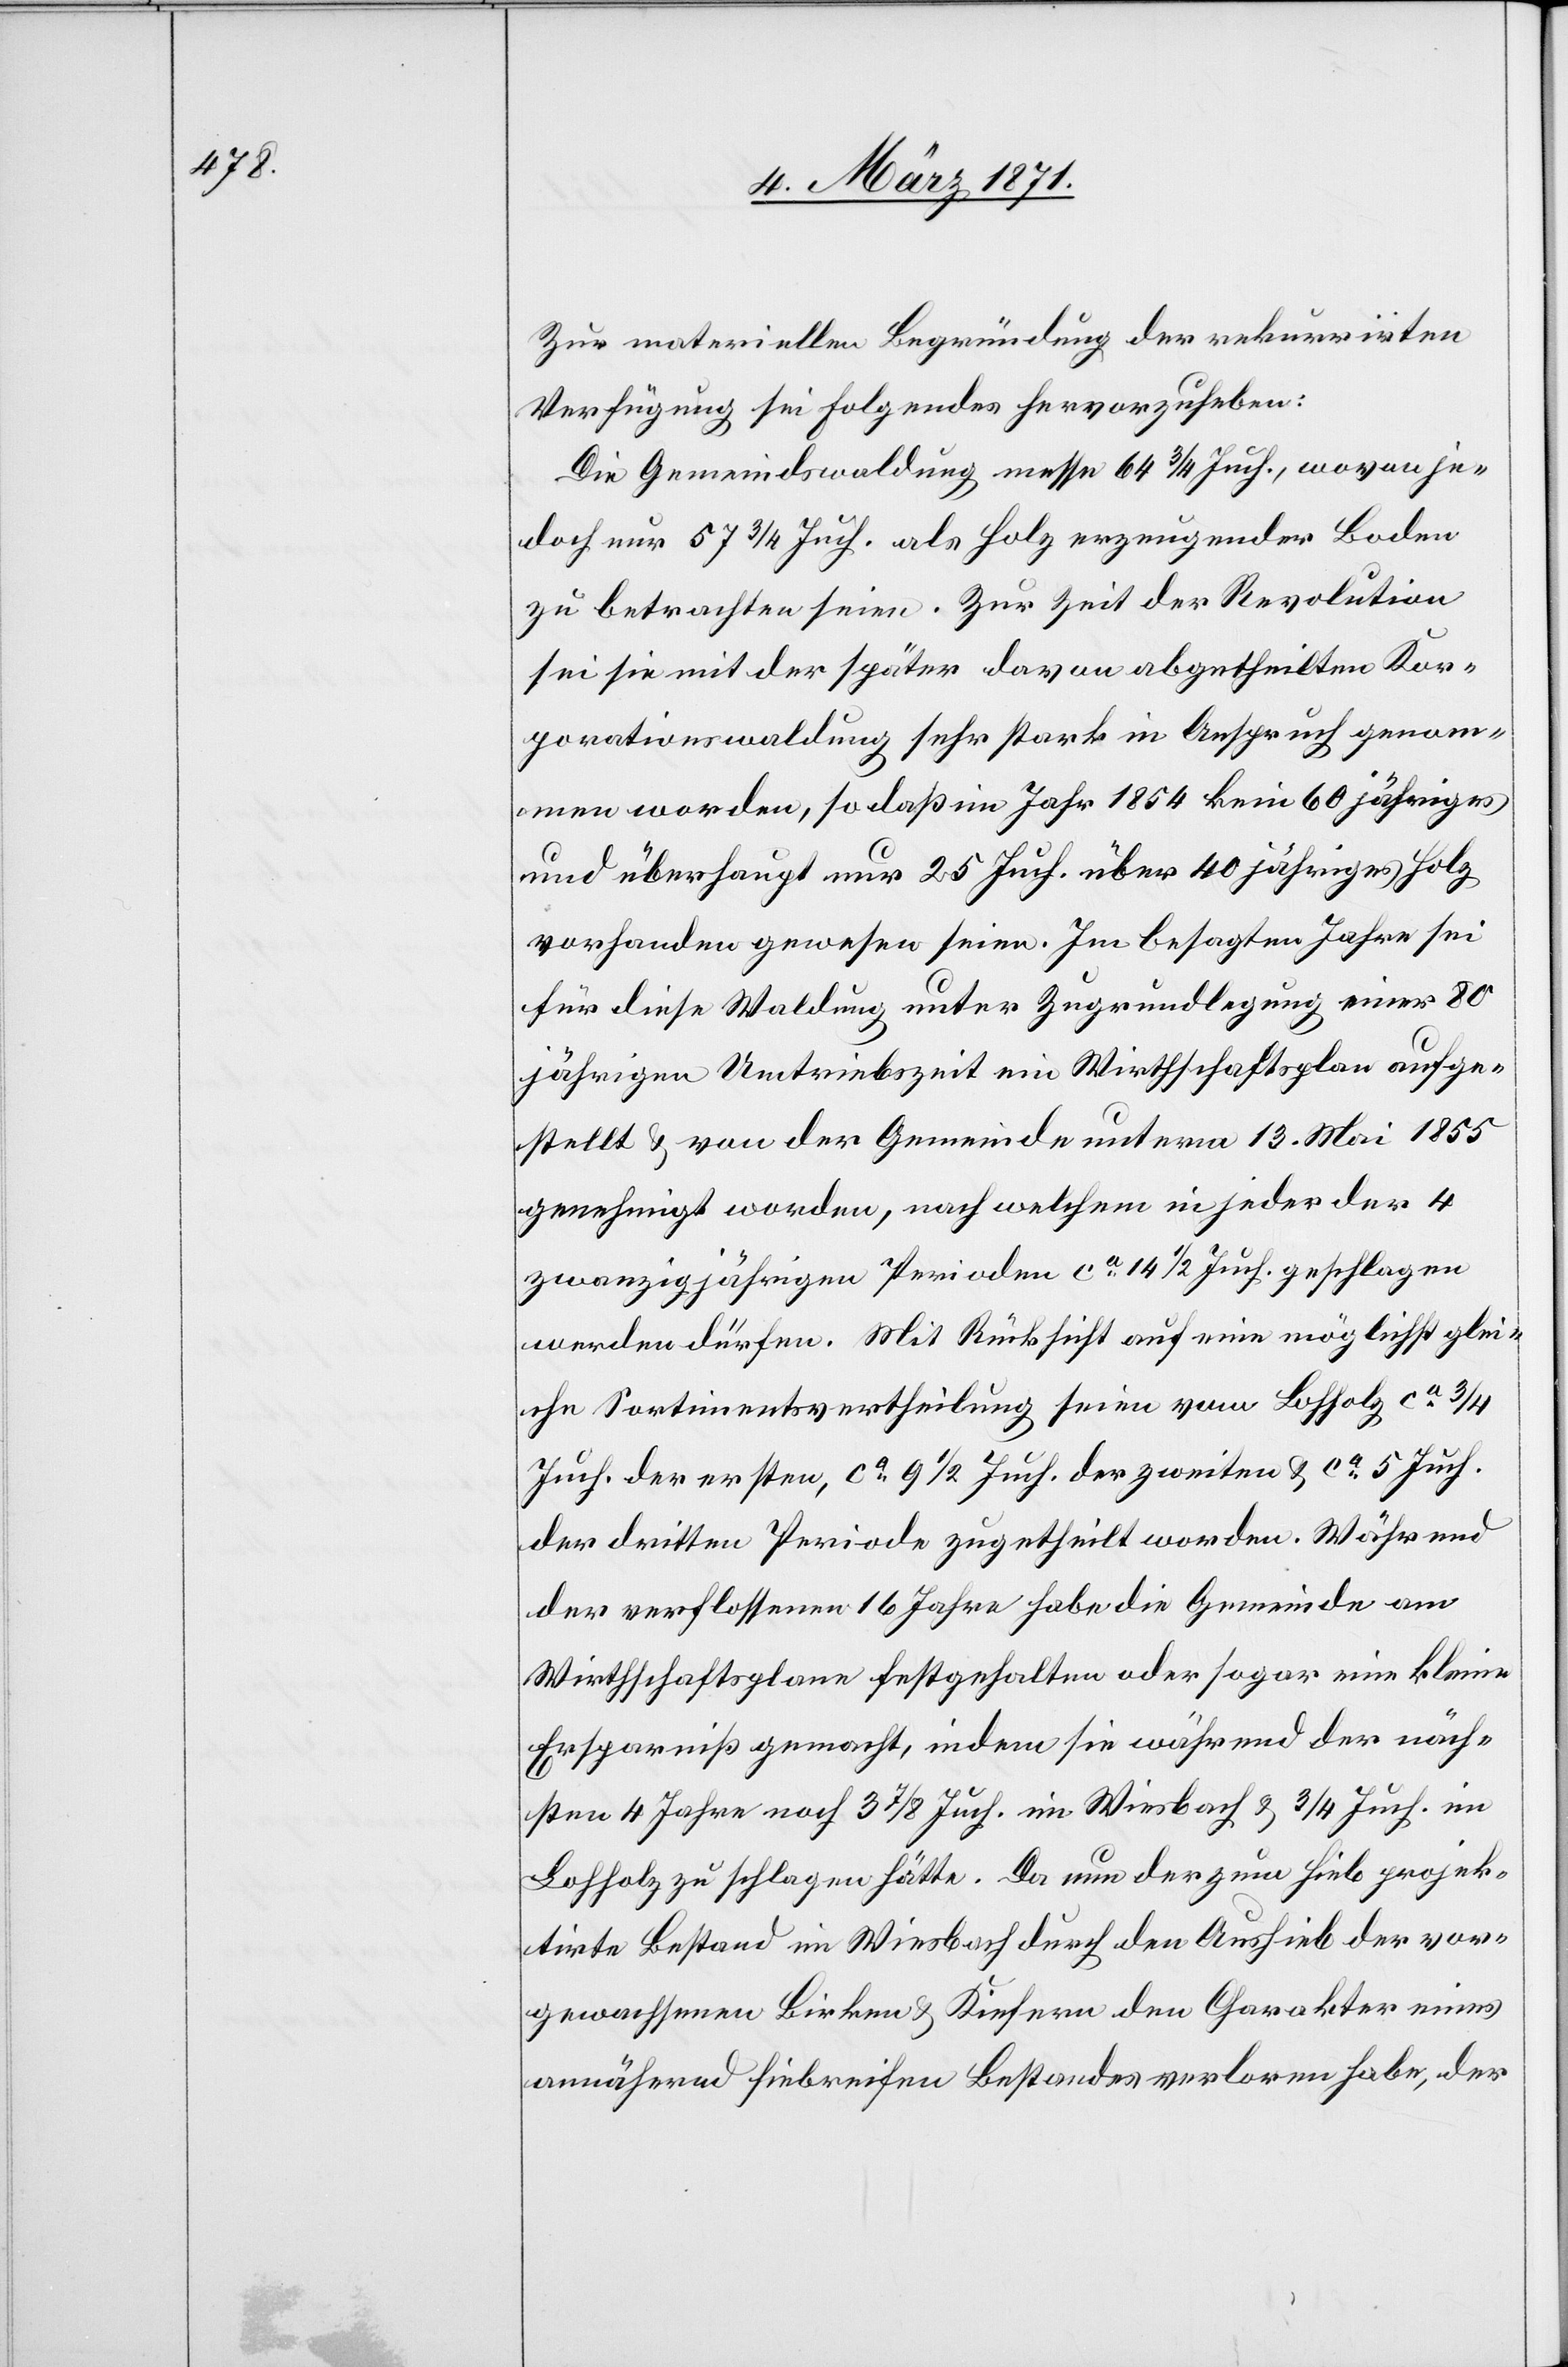
Zur materiellen Begründung der rekurrirten
Verfügung sei Folgendes hervorzuheben:
Die Gemeindswaldung messe 64 3/4 Juch., wovon je¬
doch nur 57 3/4 Juch. als Holz erzeugender Boden
zu betrachten seien. Zur Zeit der Revolution
sei sie mit der später davon abgetheilten Kor¬
porationswaldung sehr stark in Anspruch genom¬
men worden, so daß im Jahr 1854 kein 60 jähriges
und überhaupt nur 25 Juch. über 40 jähriges Holz
vorhanden gewesen seien. Im besagten Jahre sei
für diese Waldung unter Zugrundlegung einer 80
jährigen Umtriebszeit ein Wirthschaftsplan aufge¬
stellt u. von der Gemeinde unterm 13. Mai 1855
genehmigt worden, nach welchem in jeder der 4
zwanzigjährigen Perioden ca. 14 1/2 Juch. geschlagen
werden dürfen. Mit Rücksicht auf eine möglichst glei¬
che Sortimentsvertheilung seien vom Lohholz ca. 3/4
Juch. der ersten, ca. 9 1/2 Juch der zweiten u. ca. 5 Juch.
der dritten Periode zugetheilt worden. Während
der verflossenen 16 Jahre habe die Gemeinde am
Wirthschaftsplan festgehalten oder sogar eine kleine
Ersparniß gemacht, indem sie während der näch¬
sten 4 Jahre noch 3 7/8 Juch. im Wiesbach u. 3/4 Juch. im
Lohholz zu schlagen hätte. Da nun der zum Hieb projek¬
tirte Bestand im Wiesbach durch den Aushieb der vor¬
gewachsenen Birken u. Kiefern den Charakter eines
annähernd hiebreifen Bestandes verloren habe, der